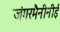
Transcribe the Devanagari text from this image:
जंगरमैनीनीई